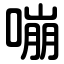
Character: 嘣